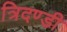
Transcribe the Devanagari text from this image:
त्रिदण्डी